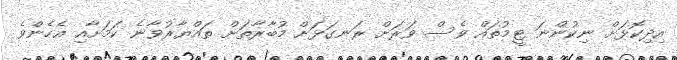
އިދިކޮޅަށް ނިކުންނަ ޓީމުތައް ވެސް ވަރަށް ރަނގަޅަށް މުބާރާތަށް ތައްޔާރުވާނެ ކަމަށާއި އެހެންވެ